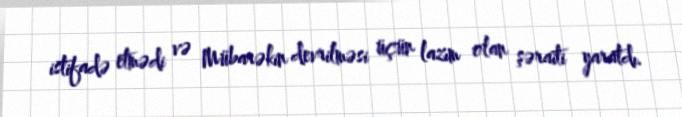
istifadə etmədi və Mübarəkin devrilməsi üçün lazım olan şəraiti yaratdı.